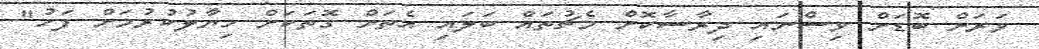
ވަރަށް ބޮޑަށް ވިސްނައި ދިރާސާކޮށް މެޗުތައް ބަލައި އެތަށް ގޮތަކަށް ހިޔާލުކުރުމަށް ފަހު"